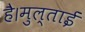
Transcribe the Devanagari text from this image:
है।मुल्ताई